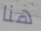
هنا